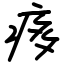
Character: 痑